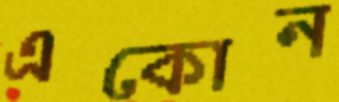
একোন